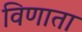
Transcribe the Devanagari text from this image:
विणाता